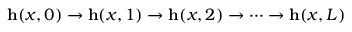
\mathbf { h } ( x , 0 ) \rightarrow \mathbf { h } ( x , 1 ) \rightarrow \mathbf { h } ( x , 2 ) \rightarrow \cdots \rightarrow \mathbf { h } ( x , L )